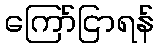
ကြော်ငြာရန်